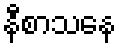
နီစာသနေ